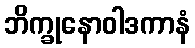
ဘိက္ခုနောဝါဒကာနံ